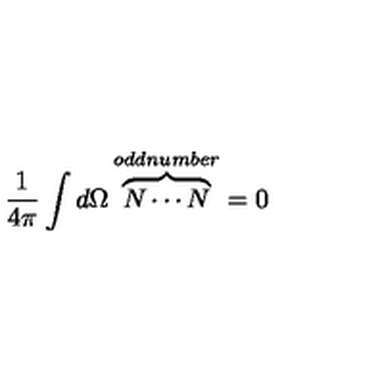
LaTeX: \frac { 1 } { 4 \pi } \int d \Omega \overbrace { N \cdots N } ^ { o d d n u m b e r } = 0